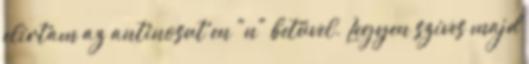
elírtam az antinosut en "n" betűvel. Legyen szíves majd